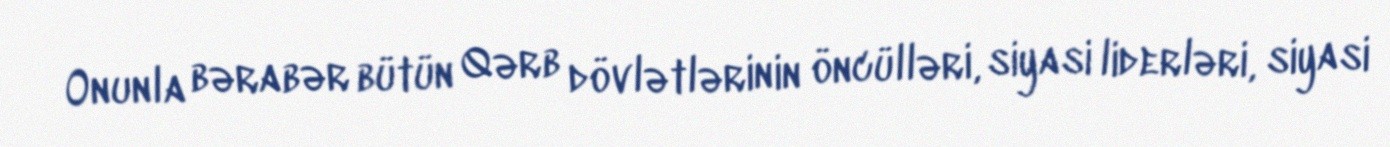
Onunla bərabər bütün Qərb dövlətlərinin öncülləri, siyasi liderləri, siyasi